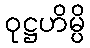
ဝုဋ္ဌဟိမ္ပိ